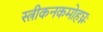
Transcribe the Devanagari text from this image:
स्त्रीकनकमोहघ्नः